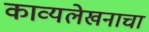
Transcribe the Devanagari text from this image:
काव्यलेखनाचा